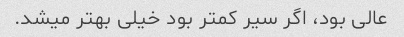
عالی بود، اگر سیر کمتر بود خیلی بهتر میشد.